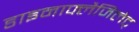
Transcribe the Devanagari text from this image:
डाइनाफ्लैजिलेट्